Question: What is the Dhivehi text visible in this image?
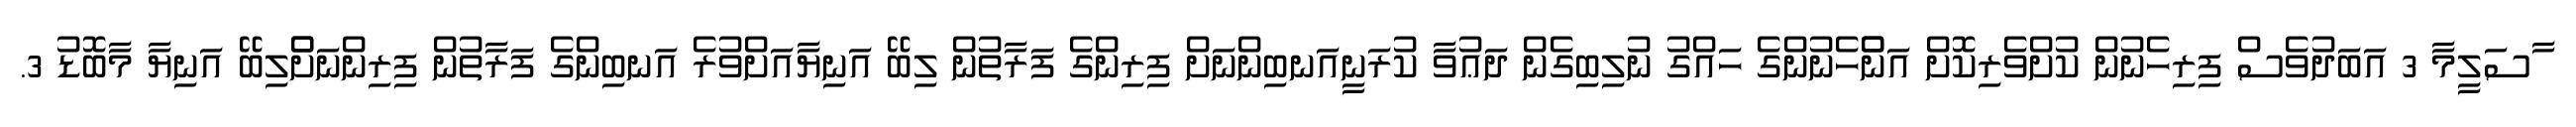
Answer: ާސަލީމާ 3 އަބަދުވެސް ފިރިހެނުން ކުށްވެރިކޮށް އަންްހެނުންގެ ހައްގު ނުލިބިގެން ދަޢުވާ ކުރަނީއަނބިންނަށް ފިރިންގެ ފަރާތުން ލިބޭ އަނިޔާއަށްވުރެ އަނބިންގެ ފަރާތުން ފިރިންނަށްްލިބޭ އަނިޔާ މާބޮޑު 3.